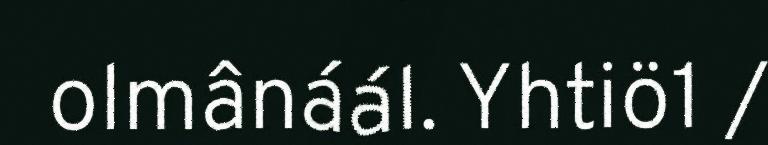
olmânáál. Yhtiö1 /